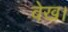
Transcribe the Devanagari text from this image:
वेख।